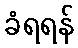
ခံရရန်